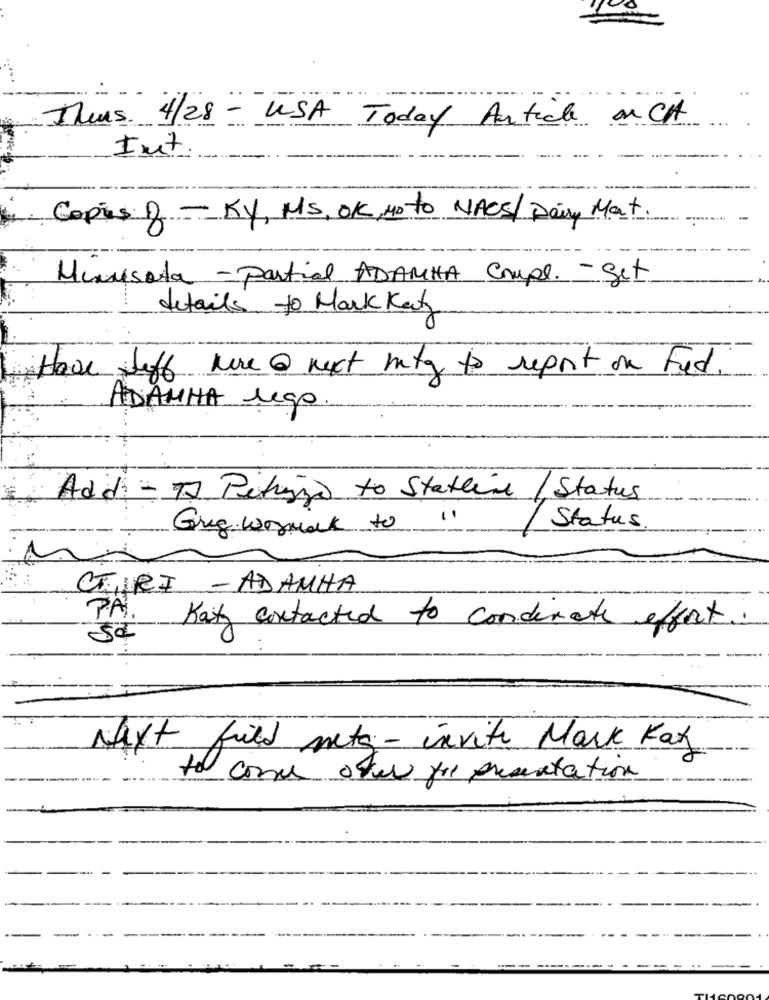
Theus. 4/28 - USA Today Article on CA
Int
Copies D - Ky, MS, OK, Mo to NACS/Dairy Mat.
Minusata - partial ADAMHA Compl. - get
details to Mark Katy
Have Jeff have @ next mtg to report on Fed.
ADAMHA lego.
Add - TJ Pitingo to Statline / Status
Greg wozniack to
Status.
CEIRI - ADAMHA
PA.
Katy contacted to condinate effort
Next fried nets - invite Mark Kat
to come over for presentation